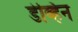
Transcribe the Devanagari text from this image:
डेव्हिन